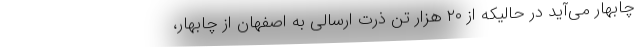
چابهار می‌آید در حالیکه از ۲۰ هزار تن ذرت ارسالی به اصفهان از چابهار،